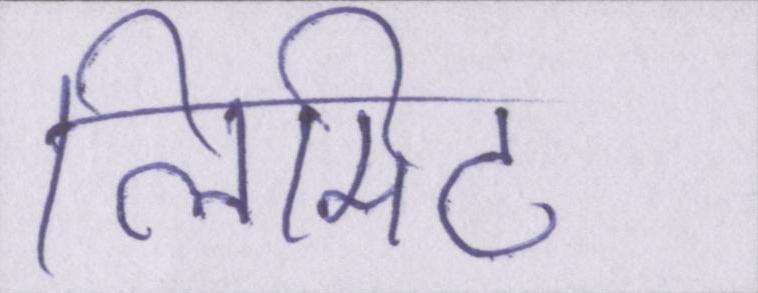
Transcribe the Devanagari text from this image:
लिमिट